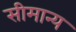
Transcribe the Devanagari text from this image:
सीमान्य